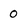
Character: O